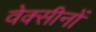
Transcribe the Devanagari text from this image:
वेक्सीनों